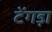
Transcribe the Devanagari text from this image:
टेंगड़ा